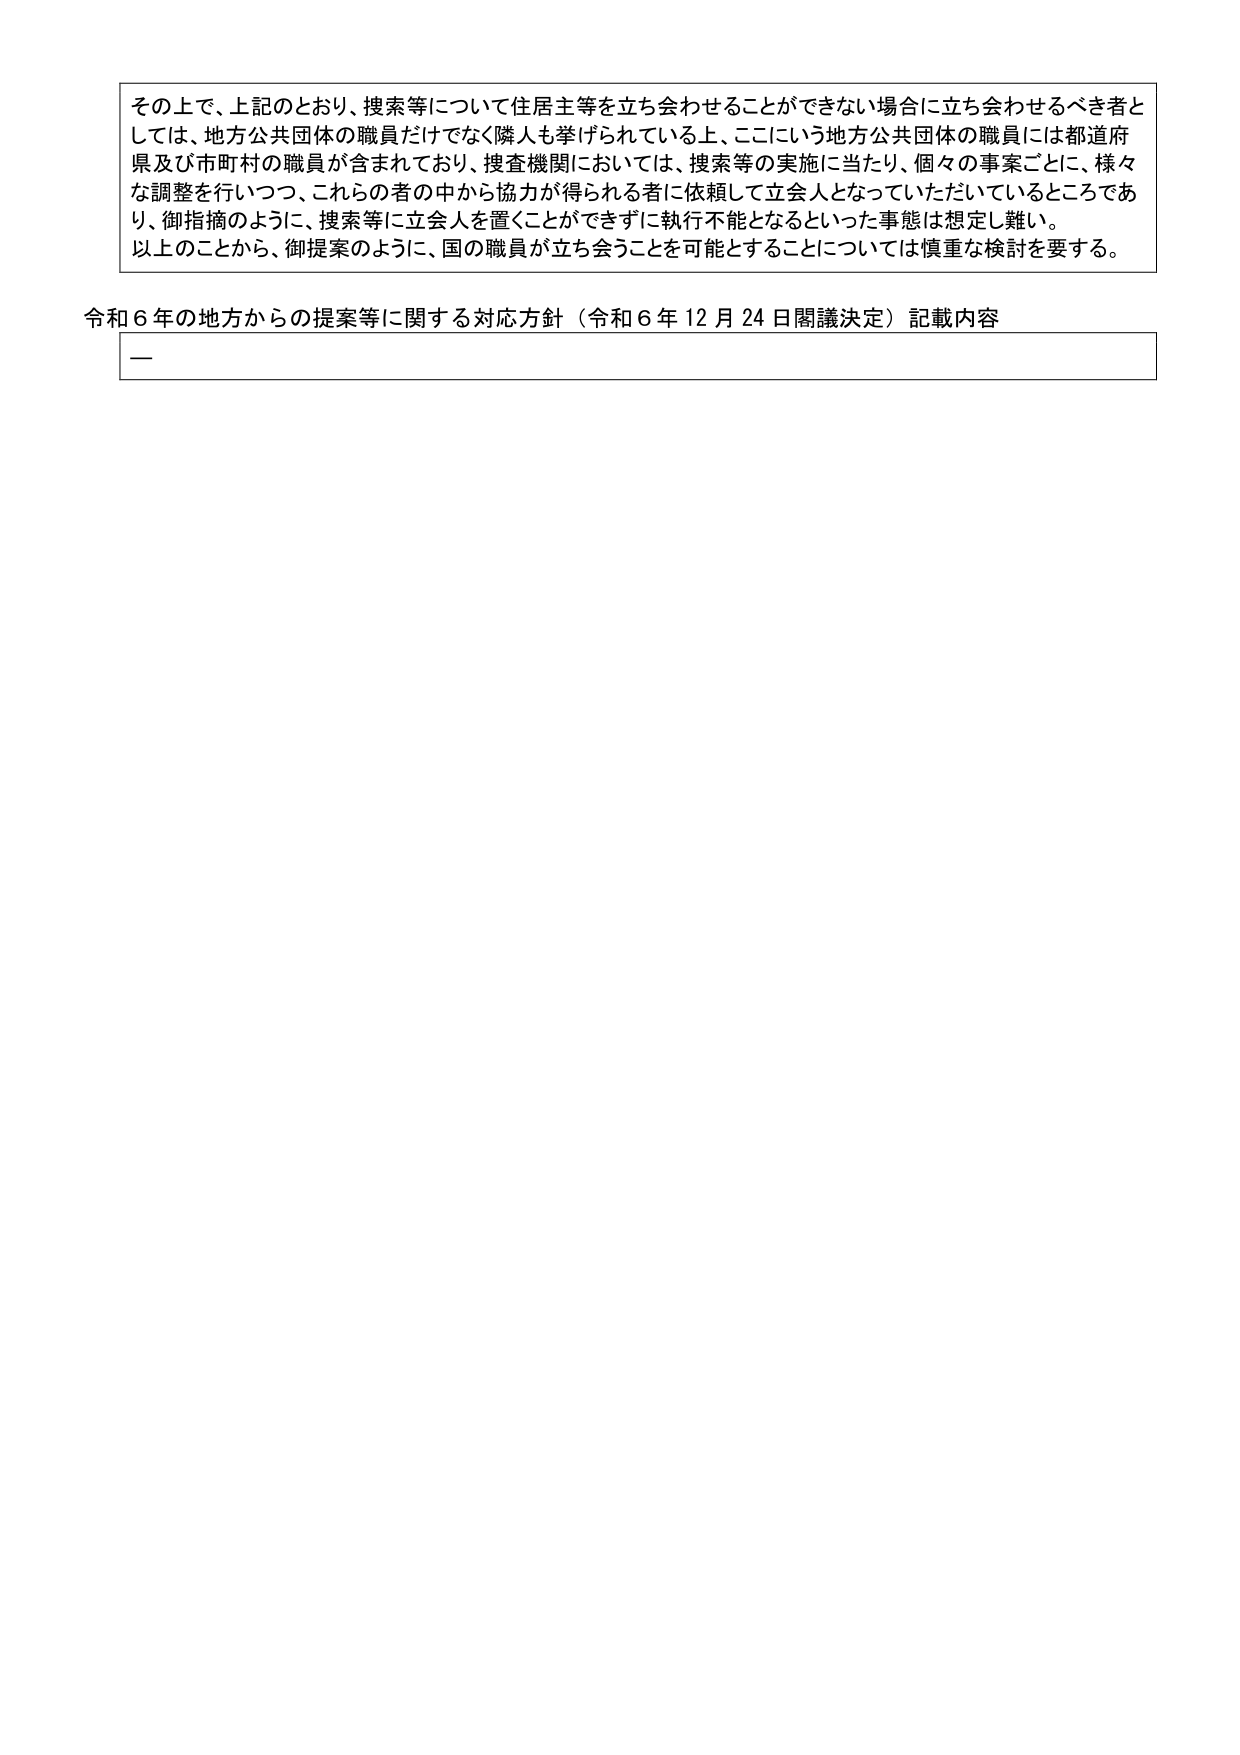
その上で、上記のとおり、捜索等について住居主等を立ち会わせることができない場合に立ち会わせるべき者としては、地方公共団体の職員だけでなく隣人も挙げられている上、ここにいう地方公共団体の職員には都道府県及び市町村の職員が含まれており、捜査機関においては、捜索等の実施に当たり、個々の事案ごとに、様々な調整を行いつつ、これらの中から協力が得られる者に依頼して立会人となっていただいているところであり、御指摘のように、捜索等に立会人を置くことができずに執行不能となるといった事態は想定し難い。
以上のことから、御提案のように、国の職員が立ち会うことを可能とすることについては慎重な検討を要する。

令和６年の地方からの提案等に関する対応方針（令和６年12月24日閣議決定）記載内容
一